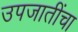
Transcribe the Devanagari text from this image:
उपजातींचा